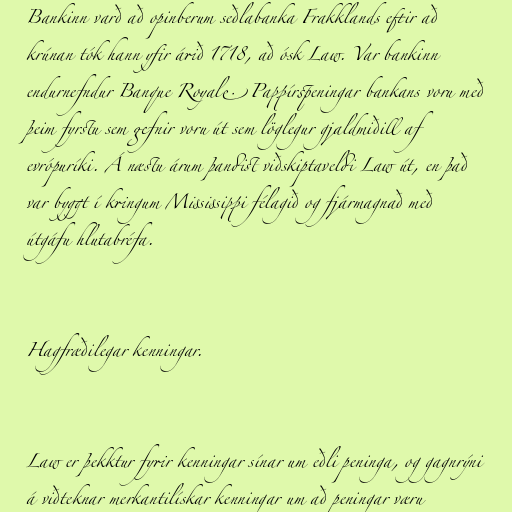
Bankinn varð að opinberum seðlabanka Frakklands eftir að
krúnan tók hann yfir árið 1718, að ósk Law. Var bankinn
endurnefndur Banque Royale. Pappírspeningar bankans voru með
þeim fyrstu sem gefnir voru út sem löglegur gjaldmiðill af
evrópuríki. Á næstu árum þandist viðskiptaveldi Law út, en það
var byggt í kringum Mississippi félagið og fjármagnað með
útgáfu hlutabréfa.

Hagfræðilegar kenningar.

Law er þekktur fyrir kenningar sínar um eðli peninga, og gagnrýni
á viðteknar merkantilískar kenningar um að peningar væru